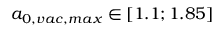
a _ { 0 , v a c , m a x } \in [ 1 . 1 ; 1 . 8 5 ]